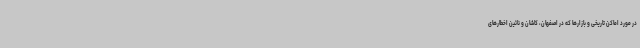
در مورد اماکن تاریخی و بازارها که در اصفهان، کاشان و نائین اخطارهای